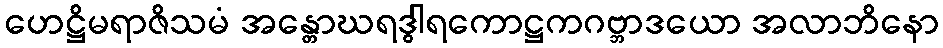
ဟေဋ္ဌိမရာဇိသမံ အန္တောဃရဒွါရကောဋ္ဌကဂဗ္ဘာဒယော အလာဘိနော